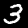
Label: 3